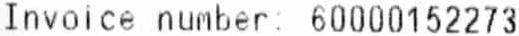
INVOICE NUMBER: 60000152273